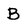
Character: B